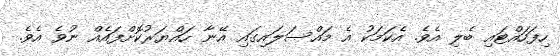
ހިފަހައްޓައި ބެލި އެވެ. އެކަމަކު އެ މައްސަލައިގައި އޭނާ ހައްޔަރުކޮށްފައެއް ނުވެ އެވެ.